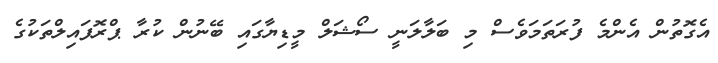
އެގޮތުން އެންމެ ފުރަތަމަވެސް މި ބަލާލަނީ ސޯޝަލް މީޑިޔާގައި ބޭނުން ކުރާ ޕްރޮފައިލްތަކުގެ